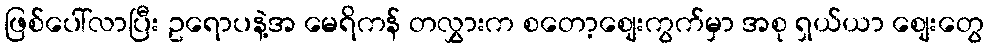
ဖြစ်ပေါ်လာပြီး ဥရောပနဲ့အ မေရိကန် တလွှားက စတော့စျေးကွက်မှာ အစု ရှယ်ယာ စျေးတွေ